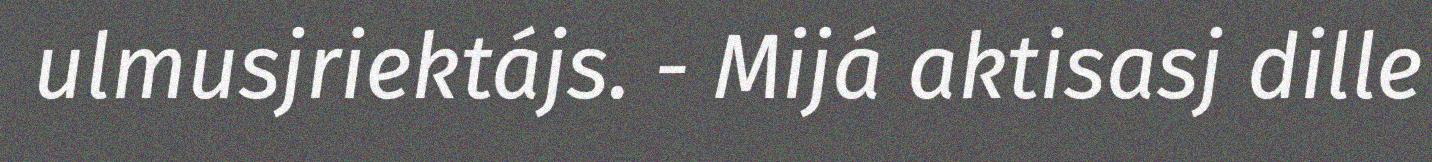
ulmusjriektájs. - Mijá aktisasj dille